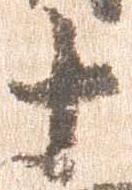
十